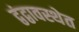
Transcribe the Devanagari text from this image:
द्वंद्वावस्थेत